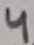
Text: 4